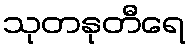
သုတနုတီရေ